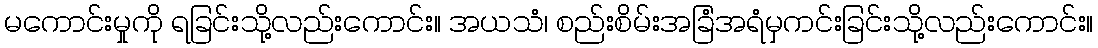
မကောင်းမှုကို ရခြင်းသို့လည်းကောင်း။ အယသံ၊ စည်းစိမ်းအခြံအရံမှကင်းခြင်းသို့လည်းကောင်း။